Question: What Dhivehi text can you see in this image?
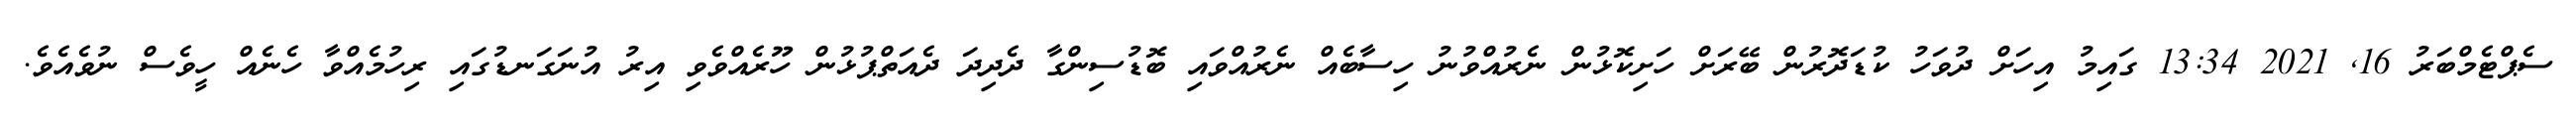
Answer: ސެޕްޓެމްބަރު 16, 2021 13:34 ގައިމު އިހަށް ދުވަހު ކުޑަދޮރުން ބޭރަށް ހަށިކޮޅުން ނެރުއްވުނު ހިސާބެއް ނެރުއްވައި ބޮޑުސިންގާ ދެދިދަ ދެއަތްޕުޅުން ހޫރެއްވެވި އިރު އުނަގަނޑުގައި ރިހުމެއްވާ ހެނެއް ހީވެސް ނުވެއެވެ.